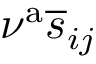
\nu ^ { \mathrm { a } } \overline { { s } } _ { i j }